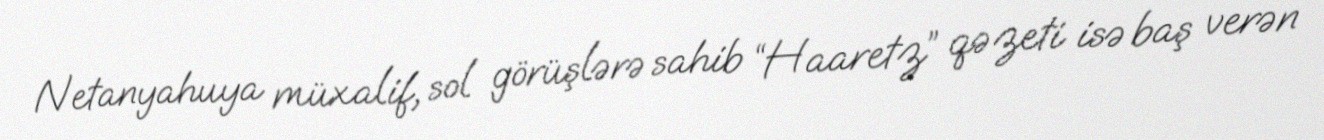
Netanyahuya müxalif, sol görüşlərə sahib “Haaretz” qəzeti isə baş verən